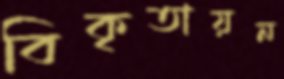
বিকৃতায়ন